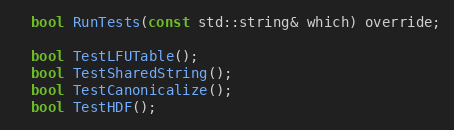
Language: C
  bool RunTests(const std::string& which) override;

  bool TestLFUTable();
  bool TestSharedString();
  bool TestCanonicalize();
  bool TestHDF();